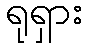
ရုရှား